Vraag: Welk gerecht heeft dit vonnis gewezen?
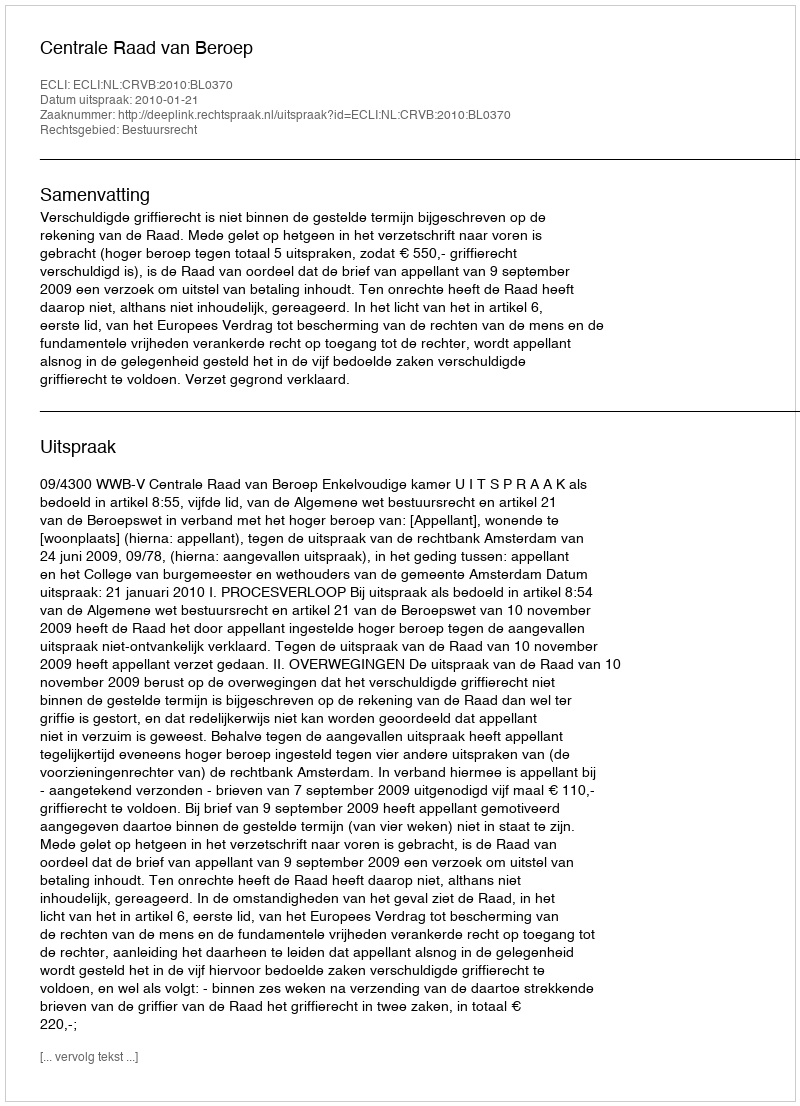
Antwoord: Centrale Raad van Beroep